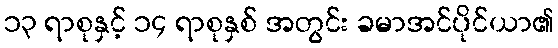
၁၃ ရာစုနှင့် ၁၄ ရာစုနှစ် အတွင်း ခမာအင်ပိုင်ယာ၏